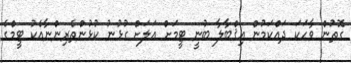
ގޮތުން ވާހަކަ ދައްކަމުން އިޤްބާލާ ބުނީ ޓީމަށް އަލަށް ގުޅުނު ކުޅުންތެރިންނާއެކު ޓީމްގެ